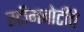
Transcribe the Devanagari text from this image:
स्टीमबोटींचे